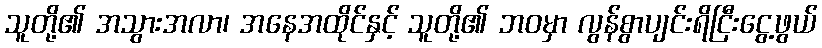
သူတို့၏ အသွားအလာ၊ အနေအထိုင်နှင့် သူတို့၏ ဘဝမှာ လွန်စွာပျင်းရိငြီးငွေ့ဖွယ်